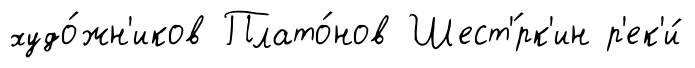
худо́жн'иков Плато́нов Шест'́рк'ин р'ек'и́